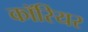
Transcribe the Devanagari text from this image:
कॉरियर